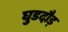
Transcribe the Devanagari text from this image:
घुडदौड़